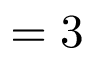
= 3